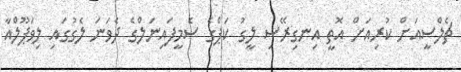
ޗެލްސީއަށް ކުރިއަށް އޮތީ އިނގިރޭސި ލީގު ކަޕްގެ ސެމީފައިނަލްގެ ދެވަނަ ލެގުގައި ލިވަޕޫލްއާ